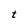
Character: t